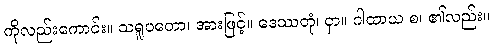
ကိုလည်းကောင်း။ သရူပတော၊ အားဖြင့်။ ဒေဿတုံ၊ ငှာ။ ဂါထာယ စ၊ ၏လည်း။